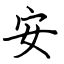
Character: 安